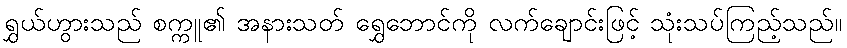
ရွှယ်ဟွားသည် စက္ကူ၏ အနားသတ် ရွှေဘောင်ကို လက်ချောင်းဖြင့် သုံးသပ်ကြည့်သည်။